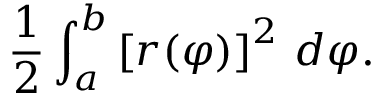
{ \frac { 1 } { 2 } } \int _ { a } ^ { b } \left[ r ( \varphi ) \right] ^ { 2 } \, d \varphi .